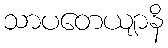
သာပတေယျာနိ